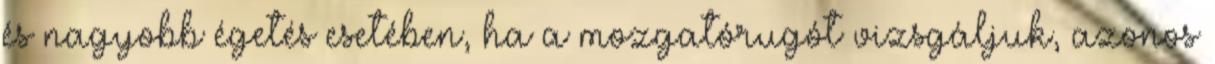
és nagyobb égetés esetében, ha a mozgatórugót vizsgáljuk, azonos